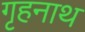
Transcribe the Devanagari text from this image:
गृहनाथ